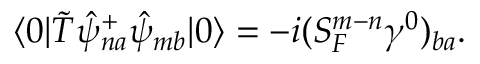
\langle 0 | \tilde { T } \hat { \psi } _ { n a } ^ { + } \hat { \psi } _ { m b } | 0 \rangle = - i ( S _ { F \; } ^ { m - n } \gamma ^ { 0 } ) _ { b a } .